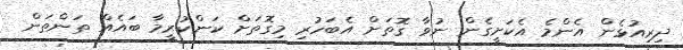
ދިރިއުޅެން އެންމެ އެކަށީގެން ނުވާ ގޮތަށް އެބަހުރި މިގޮތަށް ކަންކުރީމާ ބައެއް ތަންތަން